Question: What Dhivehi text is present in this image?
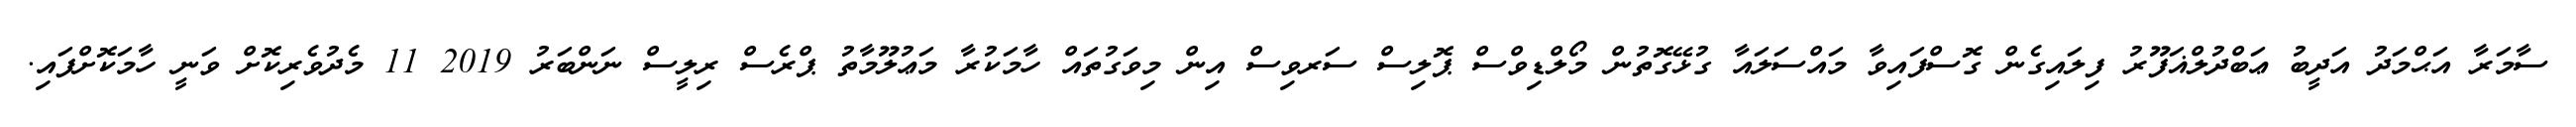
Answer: ސާމަރާ އަޙްމަދު އަދީބު ޢަބްދުލްޣަފޫރު ފިލައިގެން ގޮސްފައިވާ މައްސަލައާ ގުޅޭގޮތުން މޯލްޑިވްސް ޕޮލިސް ސަރވިސް އިން މިވަގުތައް ހާމަކުރާ މަޢުލޫމާތު ޕްރެސް ރިލީސް ނަންބަރު 2019 11 މެދުވެރިކޮށް ވަނީ ހާމަކޮށްފައި.